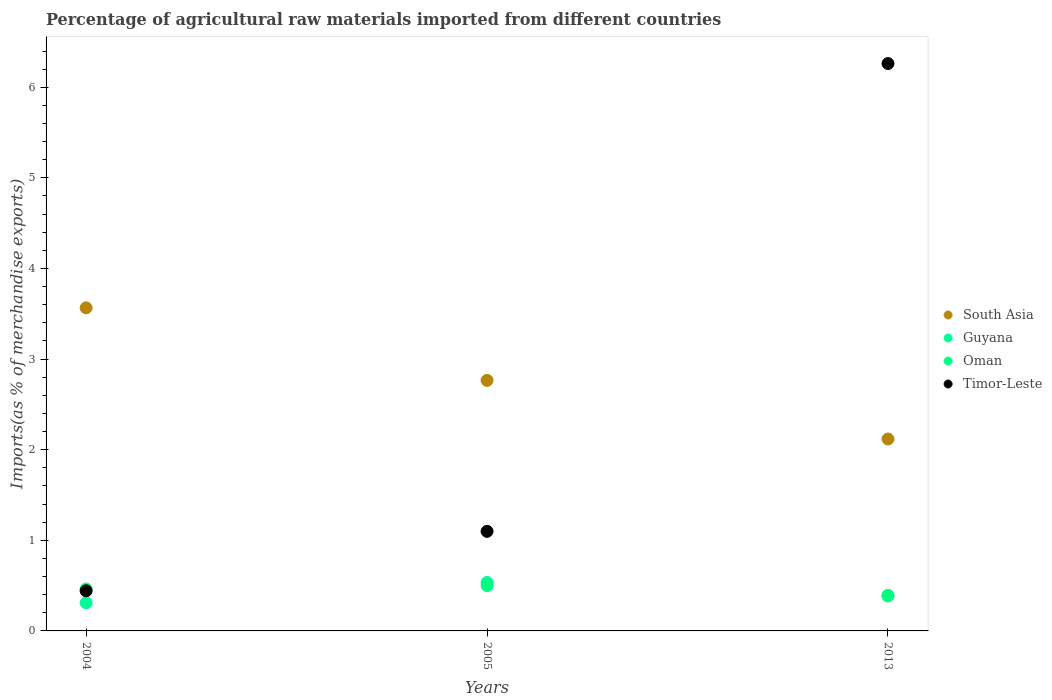
| Years | South Asia | Guyana | Oman | Timor-Leste |
 | --- | --- | --- | --- | --- |
 | 2004 | 3.57 | 0.311 | 0.463 | 0.443 |
 | 2005 | 2.76 | 0.535 | 0.501 | 1.1 |
 | 2013 | 2.12 | 0.386 | 0.393 | 6.26 |